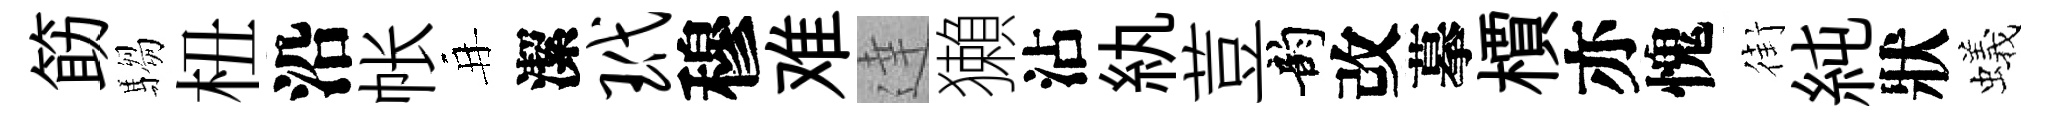
筯騶杻沿帐再潔玳穆难達獺沾紈荳韵改摹檟亦愧街純狀蟻